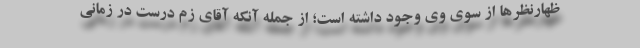
ظهارنظرها از سوی وی وجود داشته است؛ از جمله آنکه آقای زم درست در زمانی